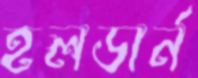
হলডার্ন